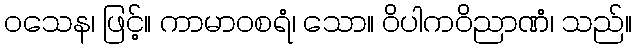
ဝသေန၊ ဖြင့်။ ကာမာဝစရံ၊ သော။ ဝိပါကဝိညာဏံ၊ သည်။